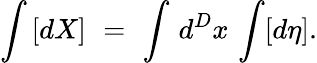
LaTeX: \int\, [dX]\, \, =\, \, \int\, d^{D}x\, \int[d\eta].